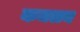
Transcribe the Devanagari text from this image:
कमलन